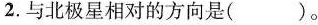
2.与北极星相对的方向是( )。